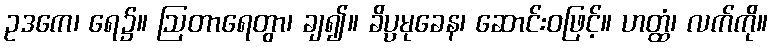
ဥဒကေ၊ ရေ၌။ ဩတာရေတွာ၊ ချ၍။ ခိပ္ပမုခေန၊ ဆောင်းဝဖြင့်။ ဟတ္ထံ၊ လက်ကို။